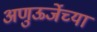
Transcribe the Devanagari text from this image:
अणुऊर्जेच्या